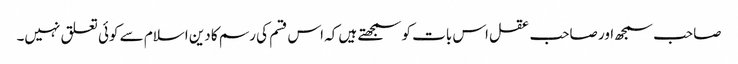
صاحب سمجھ اور صاحب عقل اس بات کو سمجھتے ہیں کہ اس قسم کی رسم کا دین اسلام سے کوئی تعلق نہیں۔